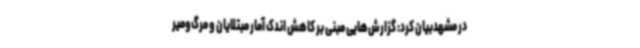
در مشهدبیان کرد: گزارش‌هایی مبنی بر کاهش اندک آمار مبتلایان و مرگ‌ومیر